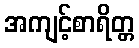
အကျင့်စာရိတ္တ